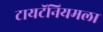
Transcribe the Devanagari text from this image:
टायटॅनियमला